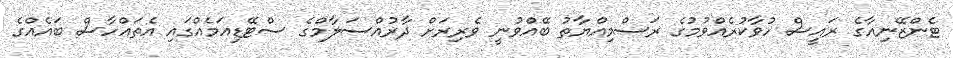
ޓެންޒޭނިއާގެ ރައީސް ހުވާކުރެއްވުމުގެ ރަސްމިއްޔާތު ބޭއްވުނީ ވެރިރަށް ދާރުއްސަލާމްގެ ސްޓޭޑިއަމެއްގައި އެތައްހާސް ބައެއްގެ